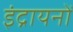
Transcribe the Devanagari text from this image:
इंद्रायनों